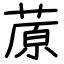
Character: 蒝